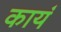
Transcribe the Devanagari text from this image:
कायं